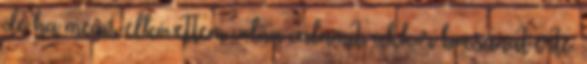
de ha mégis elkövettem volna valamit, akkor bocsánat érte.